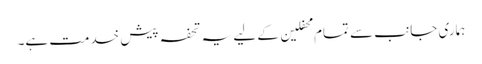
ہماری جانب سے تمام محفلین کے لیے یہ تحفہ پیش خدمت ہے۔